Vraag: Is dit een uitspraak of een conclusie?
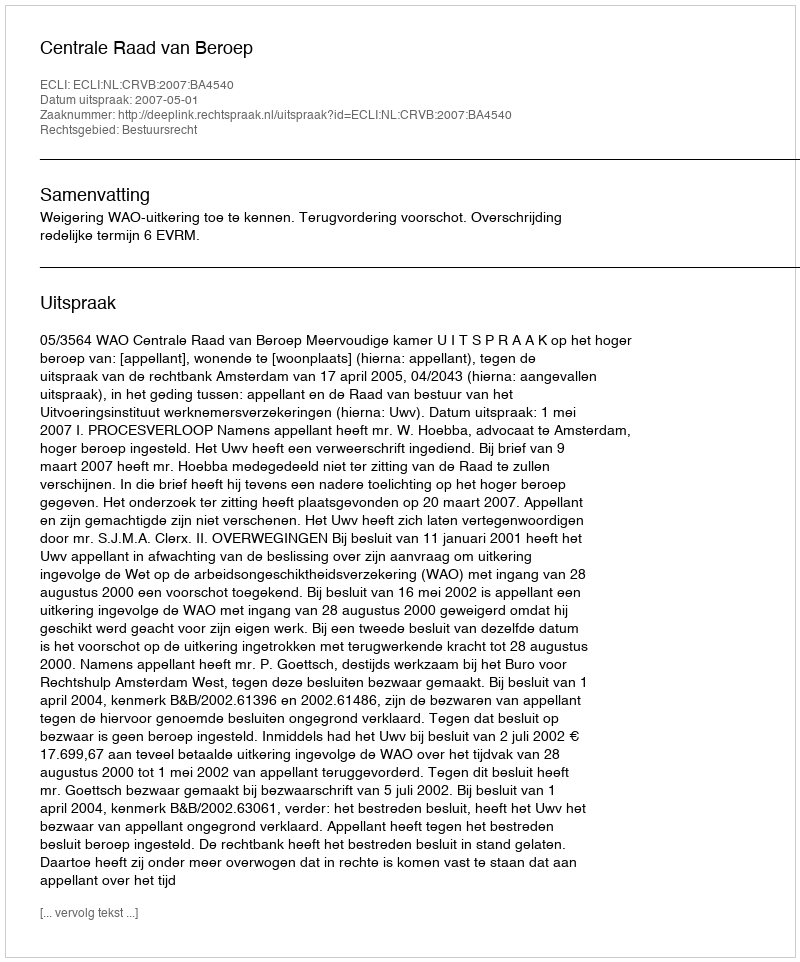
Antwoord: Uitspraak